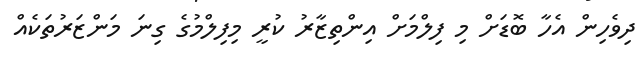
ދިވެހިން އެހާ ބޮޑަށް މި ފިލްމަށް އިންތިޒާރު ކުރީ މިފިލްމުގެ ގިނަ މަންޒަރުތަކެއް